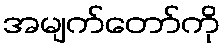
အမျက်တော်ကို